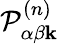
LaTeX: \mathcal{P}_{\alpha\beta\mathbf{k}}^{(n)}